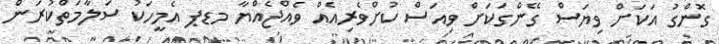
ގޮންގު އަކަށް ވިޔަސް ގޭންގަކަށް ވިއަސް ކުށްވެރިއެއް ވެއްޖެއްޔާ މޑޕ އެމީހަކު ސަލާމަތްކުރަން